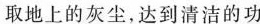
取地上的灰尘，达到清洁的功